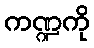
ကဏ္ဍကို